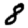
Digit: 8